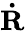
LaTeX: {\mathbf{\dot{R}}}